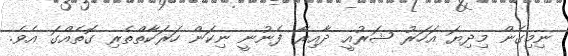
ނިމިގެން މިދިޔަ އަހަރު ޝަރުއީ ދާއިރާ ފެނުނީ ނިކަން ހަރަކާތްތެރި ގޮތެއްގަ އެވެ.